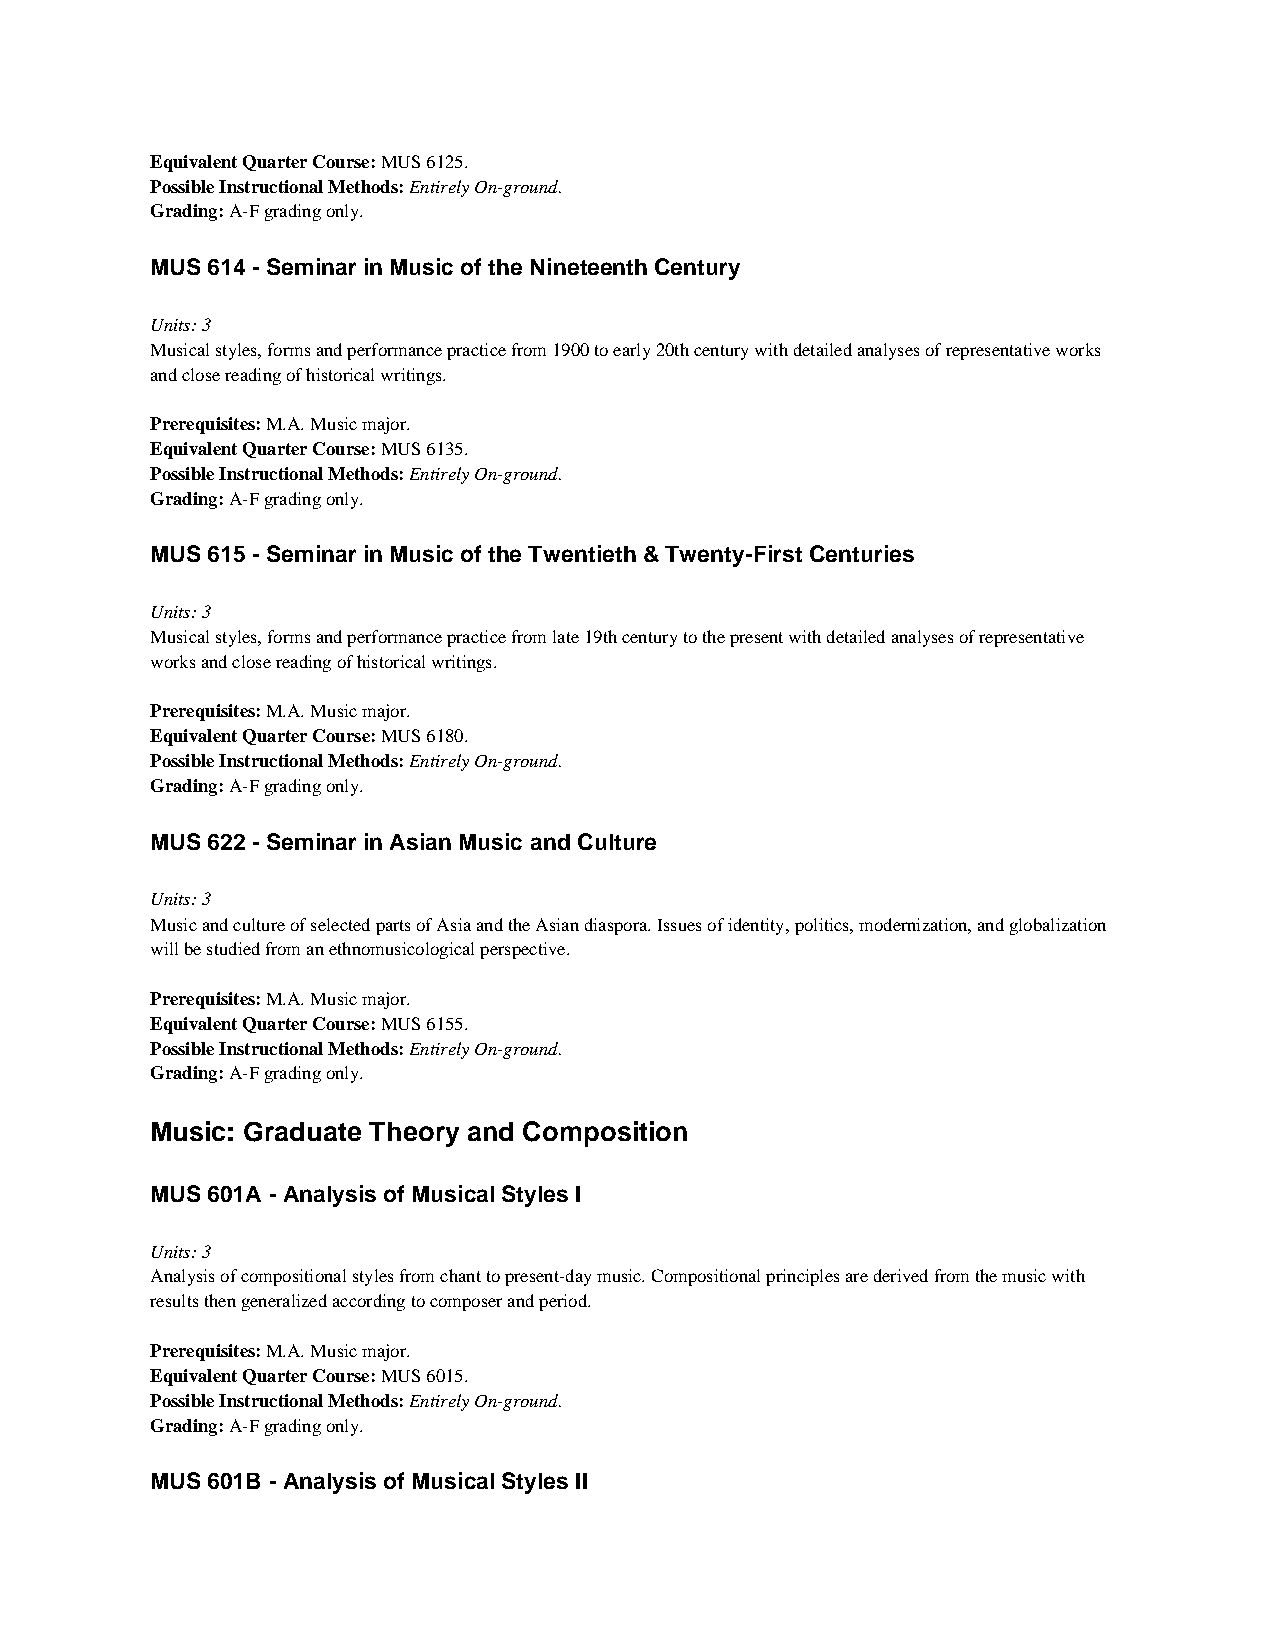
Equivalent Quarter Course: MUS 6125.
 Possible Instructional Methods: Entirely On-ground.
 Grading: A-F grading only.
 MUS 614 - Seminar in Music of the Nineteenth Century
 Units: 3
 Musical styles, forms and performance practice from 1900 to early 20th century with detailed analyses of representative works
 and close reading of historical writings.
 Prerequisites: M.A. Music major.
 Equivalent Quarter Course: MUS 6135.
 Possible Instructional Methods: Entirely On-ground.
 Grading: A-F grading only.
 MUS 615 - Seminar in Music of the Twentieth & Twenty-First Centuries
 Units: 3
 Musical styles, forms and performance practice from late 19th century to the present with detailed analyses of representative
 works and close reading of historical writings.
 Prerequisites: M.A. Music major.
 Equivalent Quarter Course: MUS 6180.
 Possible Instructional Methods: Entirely On-ground.
 Grading: A-F grading only.
 MUS 622 - Seminar in Asian Music and Culture
 Units: 3
 Music and culture of selected parts of Asia and the Asian diaspora. Issues of identity, politics, modernization, and globalization
 will be studied from an ethnomusicological perspective.
 Prerequisites: M.A. Music major.
 Equivalent Quarter Course: MUS 6155.
 Possible Instructional Methods: Entirely On-ground.
 Grading: A-F grading only.
 Music: Graduate Theory and Composition
 MUS 601A - Analysis of Musical Styles I
 Units: 3
 Analysis of compositional styles from chant to present-day music. Compositional principles are derived from the music with
 results then generalized according to composer and period.
 Prerequisites: M.A. Music major.
 Equivalent Quarter Course: MUS 6015.
 Possible Instructional Methods: Entirely On-ground.
 Grading: A-F grading only.
 MUS 601B - Analysis of Musical Styles II